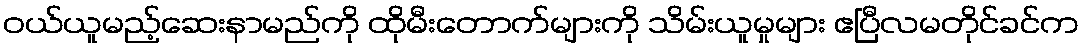
ဝယ်ယူမည့်ဆေးနာမည်ကို ထိုမီးတောက်များကို သိမ်းယူမှုများ ဧပြီလမတိုင်ခင်က